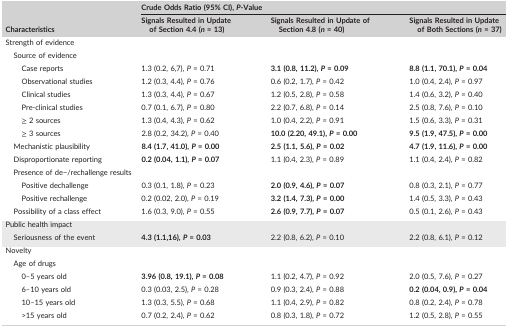
<table><thead><tr><td rowspan="2"><b>Characteristics</b></td><td colspan="3"><b>Crude Odds Ratio (95% CI), <i>P</i>‐Value</b></td></tr><tr><td><b>Signals Resulted in Update of Section 4.4 (<i>n</i> = 13)</b></td><td><b>Signals Resulted in Update of Section 4.8 (<i>n</i> = 40)</b></td><td><b>Signals Resulted in Update of Both Sections (<i>n</i> = 37)</b></td></tr></thead><tbody><tr><td colspan="4">Strength of evidence</td></tr><tr><td colspan="4">Source of evidence</td></tr><tr><td>Case reports</td><td>1.3 (0.2, 6,7), <i>P</i> = 0.71</td><td><b>3.1 (0.8, 11.2), <i>P</i> = 0.09</b></td><td><b>8.8 (1.1, 70.1), <i>P</i> = 0.04</b></td></tr><tr><td>Observational studies</td><td>1.2 (0.3, 4.4), <i>P</i> = 0.76</td><td>0.6 (0.2, 1.7), <i>P</i> = 0.42</td><td>1.0 (0.4, 2.4), <i>P</i> = 0.97</td></tr><tr><td>Clinical studies</td><td>1.3 (0.3, 4.4), <i>P</i> = 0.67</td><td>1.2 (0.5, 2.8), <i>P</i> = 0.58</td><td>1.4 (0.6, 3.2), <i>P</i> = 0.40</td></tr><tr><td>Pre‐clinical studies</td><td>0.7 (0.1, 6.7), <i>P</i> = 0.80</td><td>2.2 (0.7, 6.8), <i>P</i> = 0.14</td><td>2.5 (0.8, 7.6), <i>P</i> = 0.10</td></tr><tr><td>≥ 2 sources</td><td>1.3 (0.4, 4.3), <i>P</i> = 0.62</td><td>1.0 (0.4, 2.2), <i>P</i> = 0.91</td><td>1.5 (0.6, 3.3), <i>P</i> = 0.31</td></tr><tr><td>≥ 3 sources</td><td>2.8 (0.2, 34.2), <i>P</i> = 0.40</td><td><b>10.0 (2.20, 49.1), <i>P</i> = 0.00</b></td><td><b>9.5 (1.9, 47.5), <i>P</i> = 0.00</b></td></tr><tr><td>Mechanistic plausibility</td><td><b>8.4 (1.7, 41.0), <i>P</i> = 0.00</b></td><td><b>2.5 (1.1, 5.6), <i>P</i> = 0.02</b></td><td><b>4.7 (1.9, 11.6), <i>P</i> = 0.00</b></td></tr><tr><td>Disproportionate reporting</td><td><b>0.2 (0.04, 1.1), <i>P</i> = 0.07</b></td><td>1.1 (0.4, 2.3), <i>P</i> = 0.89</td><td>1.1 (0.4, 2.4), <i>P</i> = 0.82</td></tr><tr><td colspan="4">Presence of de−/rechallenge results</td></tr><tr><td>Positive dechallenge</td><td>0.3 (0.1, 1.8), <i>P</i> = 0.23</td><td><b>2.0 (0.9, 4.6), <i>P</i> = 0.07</b></td><td>0.8 (0.3, 2.1), <i>P</i> = 0.77</td></tr><tr><td>Positive rechallenge</td><td>0.2 (0.02, 2.0), <i>P</i> = 0.19</td><td><b>3.2 (1.4, 7.3), <i>P</i> = 0.00</b></td><td>1.4 (0.5, 3.3), <i>P</i> = 0.43</td></tr><tr><td>Possibility of a class effect</td><td>1.6 (0.3, 9.0), <i>P</i> = 0.55</td><td><b>2.6 (0.9, 7.7), <i>P</i> = 0.07</b></td><td>0.5 (0.1, 2.6), <i>P</i> = 0.43</td></tr><tr><td>Public health impact</td><td></td><td></td><td></td></tr><tr><td>Seriousness of the event</td><td><b>4.3 (1.1,16), <i>P</i> = 0.03</b></td><td>2.2 (0.8, 6.2), <i>P</i> = 0.10</td><td>2.2 (0.8, 6.1), <i>P</i> = 0.12</td></tr><tr><td colspan="4">Novelty</td></tr><tr><td colspan="4">Age of drugs</td></tr><tr><td>0–5 years old</td><td><b>3.96 (0.8, 19.1), <i>P</i> = 0.08</b></td><td>1.1 (0.2, 4.7), <i>P</i> = 0.92</td><td>2.0 (0.5, 7.6), <i>P</i> = 0.27</td></tr><tr><td>6–10 years old</td><td>0.3 (0.03, 2.5), <i>P</i> = 0.28</td><td>0.9 (0.3, 2.4), <i>P</i> = 0.88</td><td><b>0.2 (0.04, 0.9), <i>P</i> = 0.04</b></td></tr><tr><td>10–15 years old</td><td>1.3 (0.3, 5.5), <i>P</i> = 0.68</td><td>1.1 (0.4, 2.9), <i>P</i> = 0.82</td><td>0.8 (0.2, 2.4), <i>P</i> = 0.78</td></tr><tr><td>&gt;15 years old</td><td>0.7 (0.2, 2.4), <i>P</i> = 0.62</td><td>0.8 (0.3, 1.8), <i>P</i> = 0.72</td><td>1.2 (0.5, 2.8), <i>P</i> = 0.55</td></tr></tbody></table>